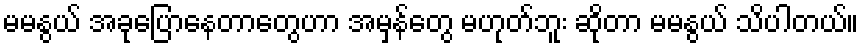
မမနွယ် အခုပြောနေတာတွေဟာ အမှန်တွေ မဟုတ်ဘူး ဆိုတာ မမနွယ် သိပါတယ်။